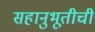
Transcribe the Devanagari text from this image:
सहानुभूतीची